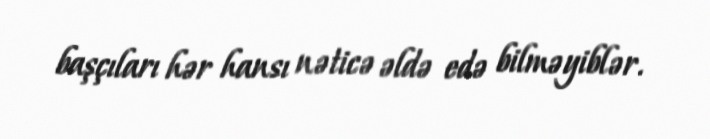
başçıları hər hansı nəticə əldə edə bilməyiblər.